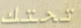
تحتك